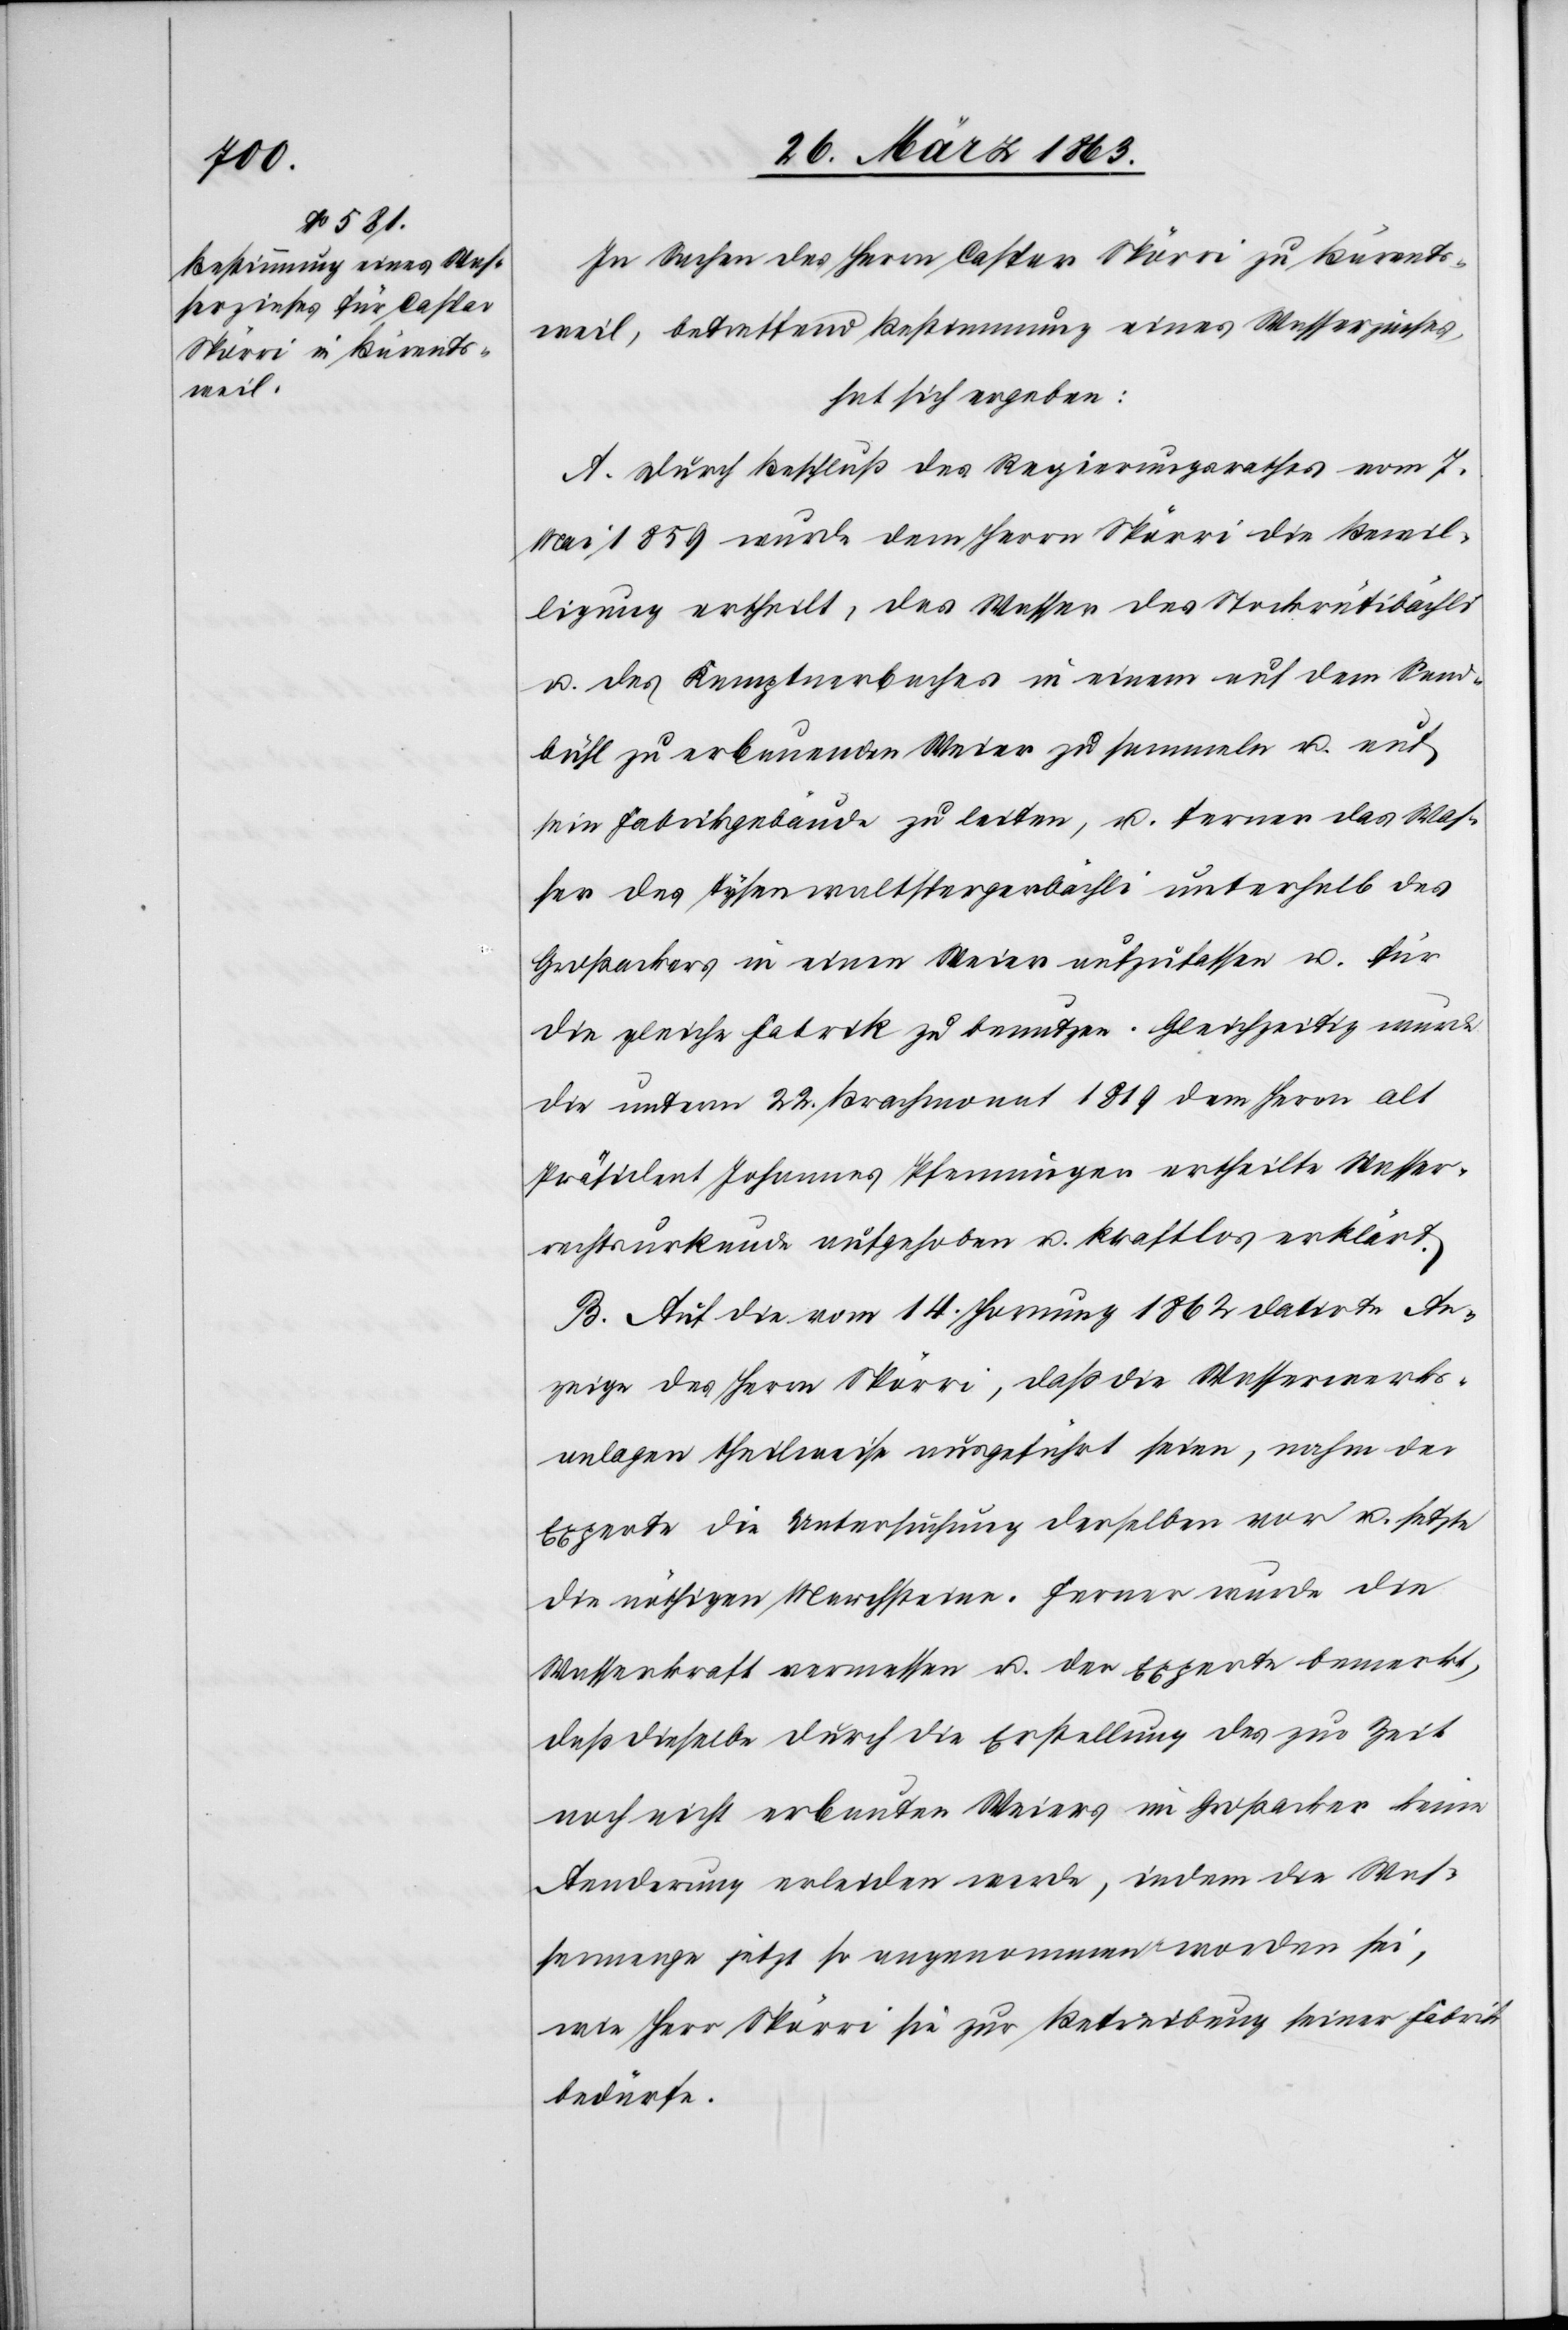
In Sachen des Herrn Caspar Spörri zu Bärents¬
weil, betreffend Bestimmung eines Wasserzinses,
hat sich ergeben:
A. Durch Beschluß des Regierungsrathes vom 7.
Mai 1859 wurde dem Herrn Spörri die Bewil¬
ligung ertheilt, das Wasser des Stockrütibächli
u. das Kemptnerbaches in einem auf dem Sand¬
bühl zu erbauenden Weier zu sammeln u. auf
sein Fabrikgebäude zu leiten, u. ferner das Was¬
ser des Tysenwaltspergerbächli unterhalb des
Großenackers in einen Weier aufzufassen u. für
die gleiche Fabrik zu benutzen. Gleichzeitig wurde
die unterm 22. Brachmonat 1819 dem Herrn alt
Präsident Johannes Pfenninger ertheilte Wasser¬
rechtsurkunde aufgehoben u. kraftlos erklärt.
B. Auf die vom 14. Hornung 1862 datirte An¬
zeige des Herrn Spörri, daß die Wasserwerks¬
anlagen theilweise ausgeführt seien, nahm der
Experte die Untersuchung derselben vor u. setzte
die nöthigen Marchsteine. Ferner wurde die
Wasserkraft vermessen u. der Experte bemerkt,
daß dieselbe durch die Erstellung des zur Zeit
noch nicht erbauten Weiers im Großacker keine
Aenderung erleiden werde, indem die Was¬
sermenge jetzt so angenommen worden sei,
wie Herr Spörri sie zur Betreibung einer Fabrik
bedürfe.